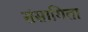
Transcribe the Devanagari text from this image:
संसागिता